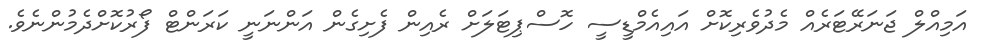
އަމިއްލް ޖަނަރޭޓަރެއް މެދުވެރިކޮށް އައިއެމްޑީސީ ހޮސްޕިޓަލަށް ރެއިން ފެށިގެން އަންނަނީ ކަރަންޓް ފޯރުކޮށްދެމުންނެވެ.